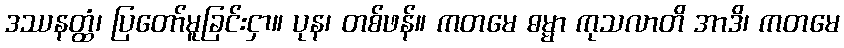
ဒဿနတ္ထံ၊ ပြတော်မူခြင်းငှာ။ ပုန၊ တစ်ဖန်။ ကတမေ ဓမ္မာ ကုသလာတိ အာဒိ၊ ကတမေ